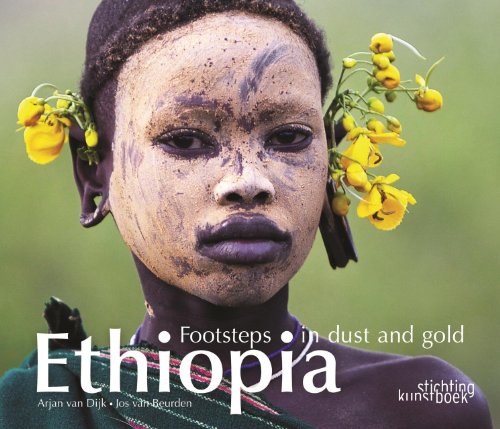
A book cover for Ethiopia: Footsteps in Dust and Gold; Arjan van Dijk; Travel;